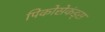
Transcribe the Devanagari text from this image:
पिकोसेकंड्स